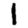
Digit: 1